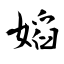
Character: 嫍